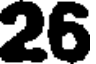
26